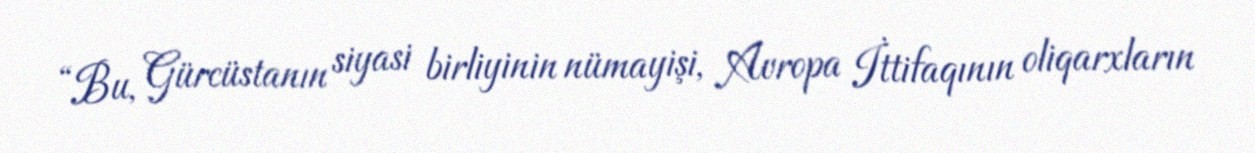
“Bu, Gürcüstanın siyasi birliyinin nümayişi, Avropa İttifaqının oliqarxların